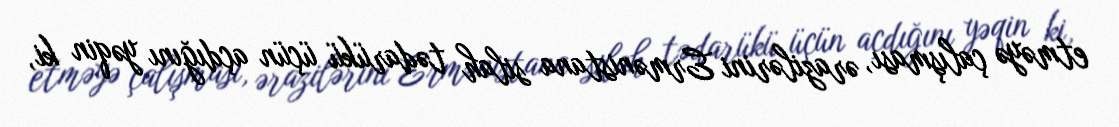
etməyə çalışması, ərazilərini Ermənistana silah tədarükü üçün açdığını yəqin ki,